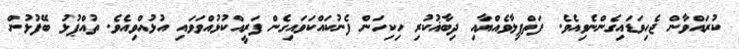
ކުރައްވާން ޖެހިވަޑައިގެންނެވިއެވެ. ފަތްޕިލާވެއްޔާއި ދިބާޣުކުރި ހިކިހަން ފެނުކައްކަވައިގެން ފަރީއްކުޅުއްވަވައި އުޅުއްވިއެވެ. ތުއްޕުޅު ބޭފުޅުން